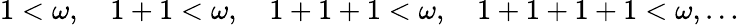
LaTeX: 1<\omega,\quad 1+1<\omega,\quad 1+1+1<\omega,\quad 1+1+1+1<\omega,\ldots